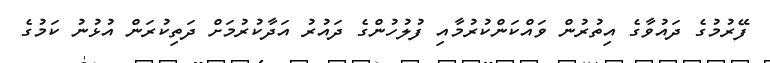
ފޭރުމުގެ ދައުވާގެ އިތުރުން ވައްކަންކުރުމާއި ފުލުހުންގެ ދައުރު އަދާކުރުމަށް ދަތިކުރަން އުޅުނު ކަމުގެ